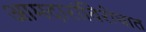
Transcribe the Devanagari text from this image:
आमदारांविरोधात